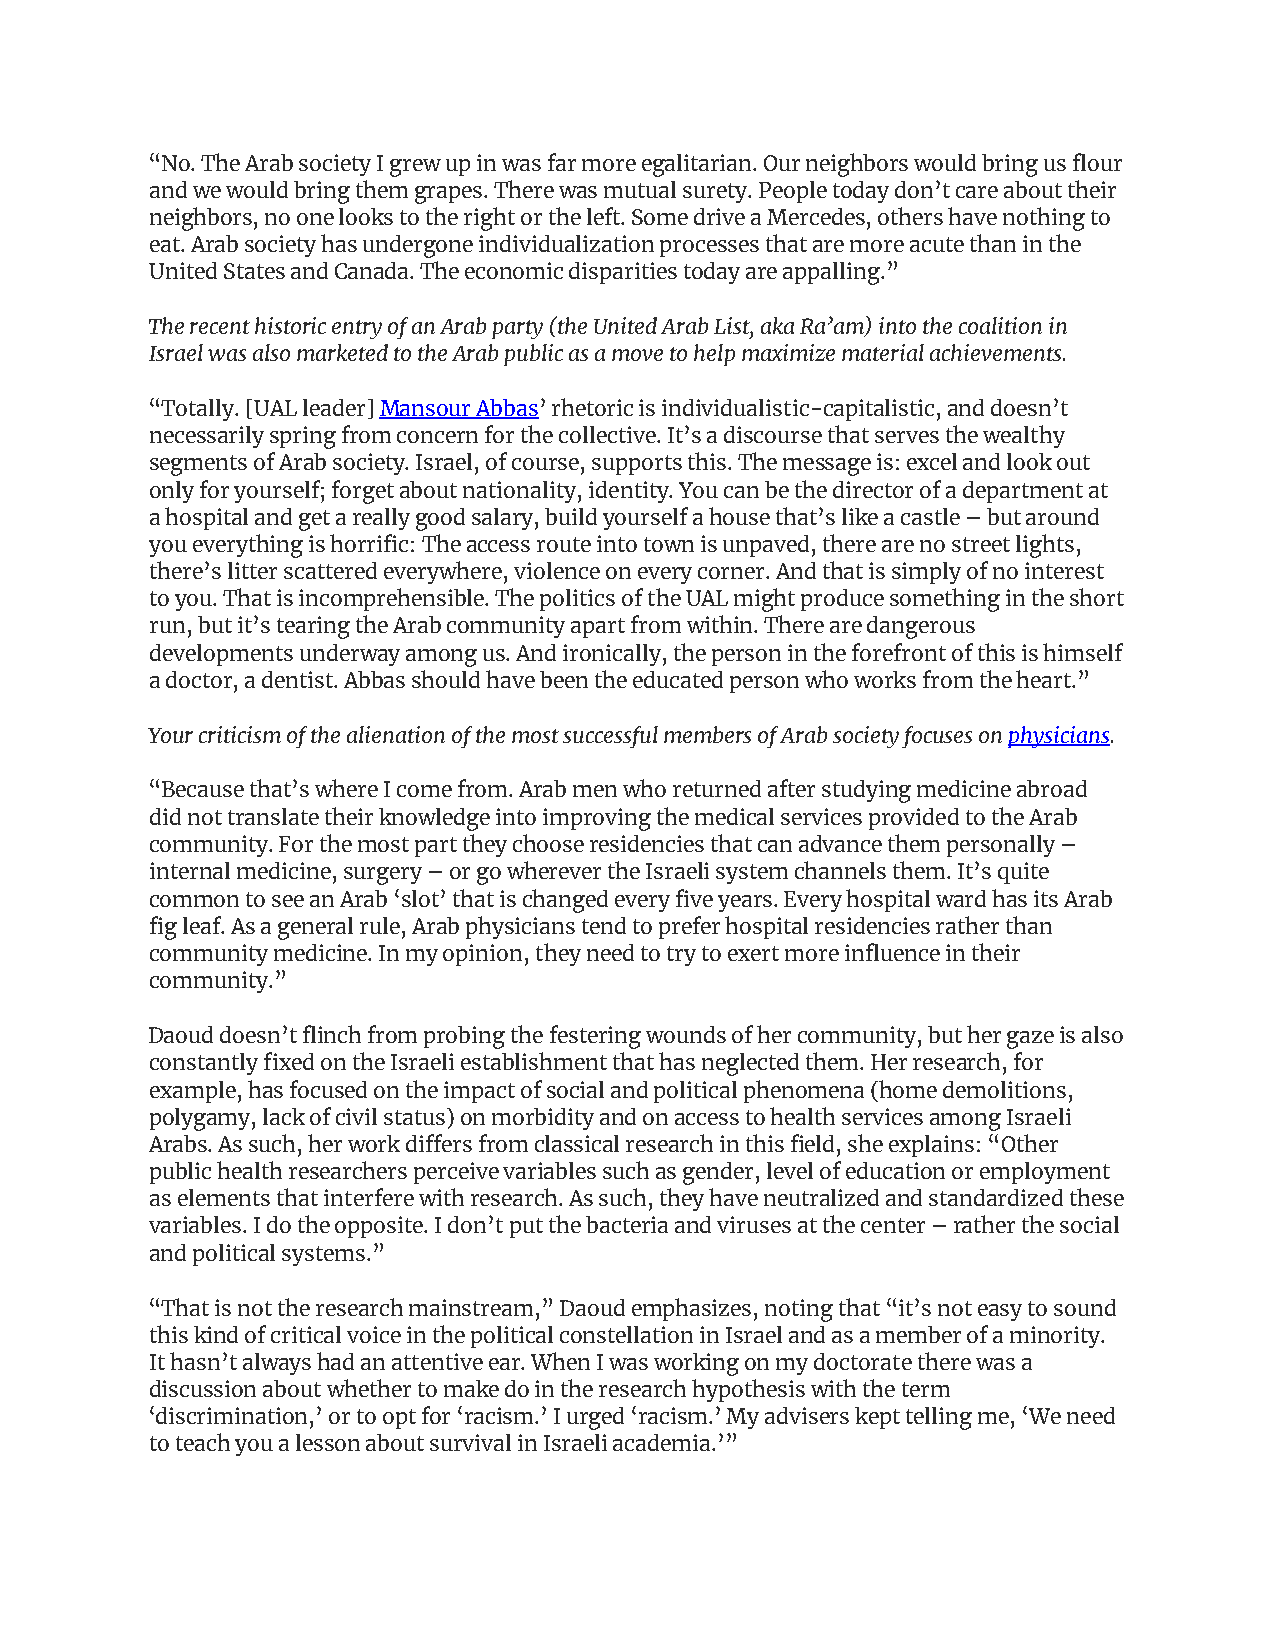
“No. The Arab society I grew up in was far more egalitarian. Our neighbors would bring us flour
 and we would bring them grapes. There was mutual surety. People today don’t care about their
 neighbors, no one looks to the right or the left. Some drive a Mercedes, others have nothing to
 eat. Arab society has undergone individualization processes that are more acute than in the
 United States and Canada. The economic disparities today are appalling.”
 The recent historic entry of an Arab party (the United Arab List, aka Ra’am) into the coalition in
 Israel was also marketed to the Arab public as a move to help maximize material achievements.
 “Totally. [UAL leader] Mansour Abbas’ rhetoric is individualistic-capitalistic, and doesn’t
 necessarily spring from concern for the collective. It’s a discourse that serves the wealthy
 segments of Arab society. Israel, of course, supports this. The message is: excel and look out
 only for yourself; forget about nationality, identity. You can be the director of a department at
 a hospital and get a really good salary, build yourself a house that’s like a castle – but around
 you everything is horrific: The access route into town is unpaved, there are no street lights,
 there’s litter scattered everywhere, violence on every corner. And that is simply of no interest
 to you. That is incomprehensible. The politics of the UAL might produce something in the short
 run, but it’s tearing the Arab community apart from within. There are dangerous
 developments underway among us. And ironically, the person in the forefront of this is himself
 a doctor, a dentist. Abbas should have been the educated person who works from the heart.”
 Your criticism of the alienation of the most successful members of Arab society focuses on physicians.
 “Because that’s where I come from. Arab men who returned after studying medicine abroad
 did not translate their knowledge into improving the medical services provided to the Arab
 community. For the most part they choose residencies that can advance them personally –
 internal medicine, surgery – or go wherever the Israeli system channels them. It’s quite
 common to see an Arab ‘slot’ that is changed every five years. Every hospital ward has its Arab
 fig leaf. As a general rule, Arab physicians tend to prefer hospital residencies rather than
 community medicine. In my opinion, they need to try to exert more influence in their
 community.”
 Daoud doesn’t flinch from probing the festering wounds of her community, but her gaze is also
 constantly fixed on the Israeli establishment that has neglected them. Her research, for
 example, has focused on the impact of social and political phenomena (home demolitions,
 polygamy, lack of civil status) on morbidity and on access to health services among Israeli
 Arabs. As such, her work differs from classical research in this field, she explains: “Other
 public health researchers perceive variables such as gender, level of education or employment
 as elements that interfere with research. As such, they have neutralized and standardized these
 variables. I do the opposite. I don’t put the bacteria and viruses at the center – rather the social
 and political systems.”
 “That is not the research mainstream,” Daoud emphasizes, noting that “it’s not easy to sound
 this kind of critical voice in the political constellation in Israel and as a member of a minority.
 It hasn’t always had an attentive ear. When I was working on my doctorate there was a
 discussion about whether to make do in the research hypothesis with the term
 ‘discrimination,’ or to opt for ‘racism.’ I urged ‘racism.’ My advisers kept telling me, ‘We need
 to teach you a lesson about survival in Israeli academia.’”